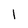
Character: 1